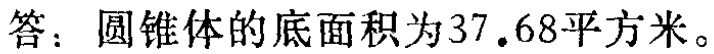
答：圆锥体的底面积为\(37.68\)平方米。